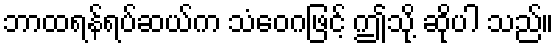
ဘာထရန်ရပ်ဆယ်က သံဝေဂဖြင့် ဤသို့ ဆိုပါ သည်။